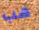
هب